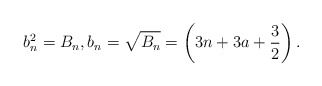
\begin{align*}b_{n}^{2}=B_{n},b_{n}=\sqrt{B_{n}}=\left( 3n+3a+\frac{3}{2} \right). \end{align*}